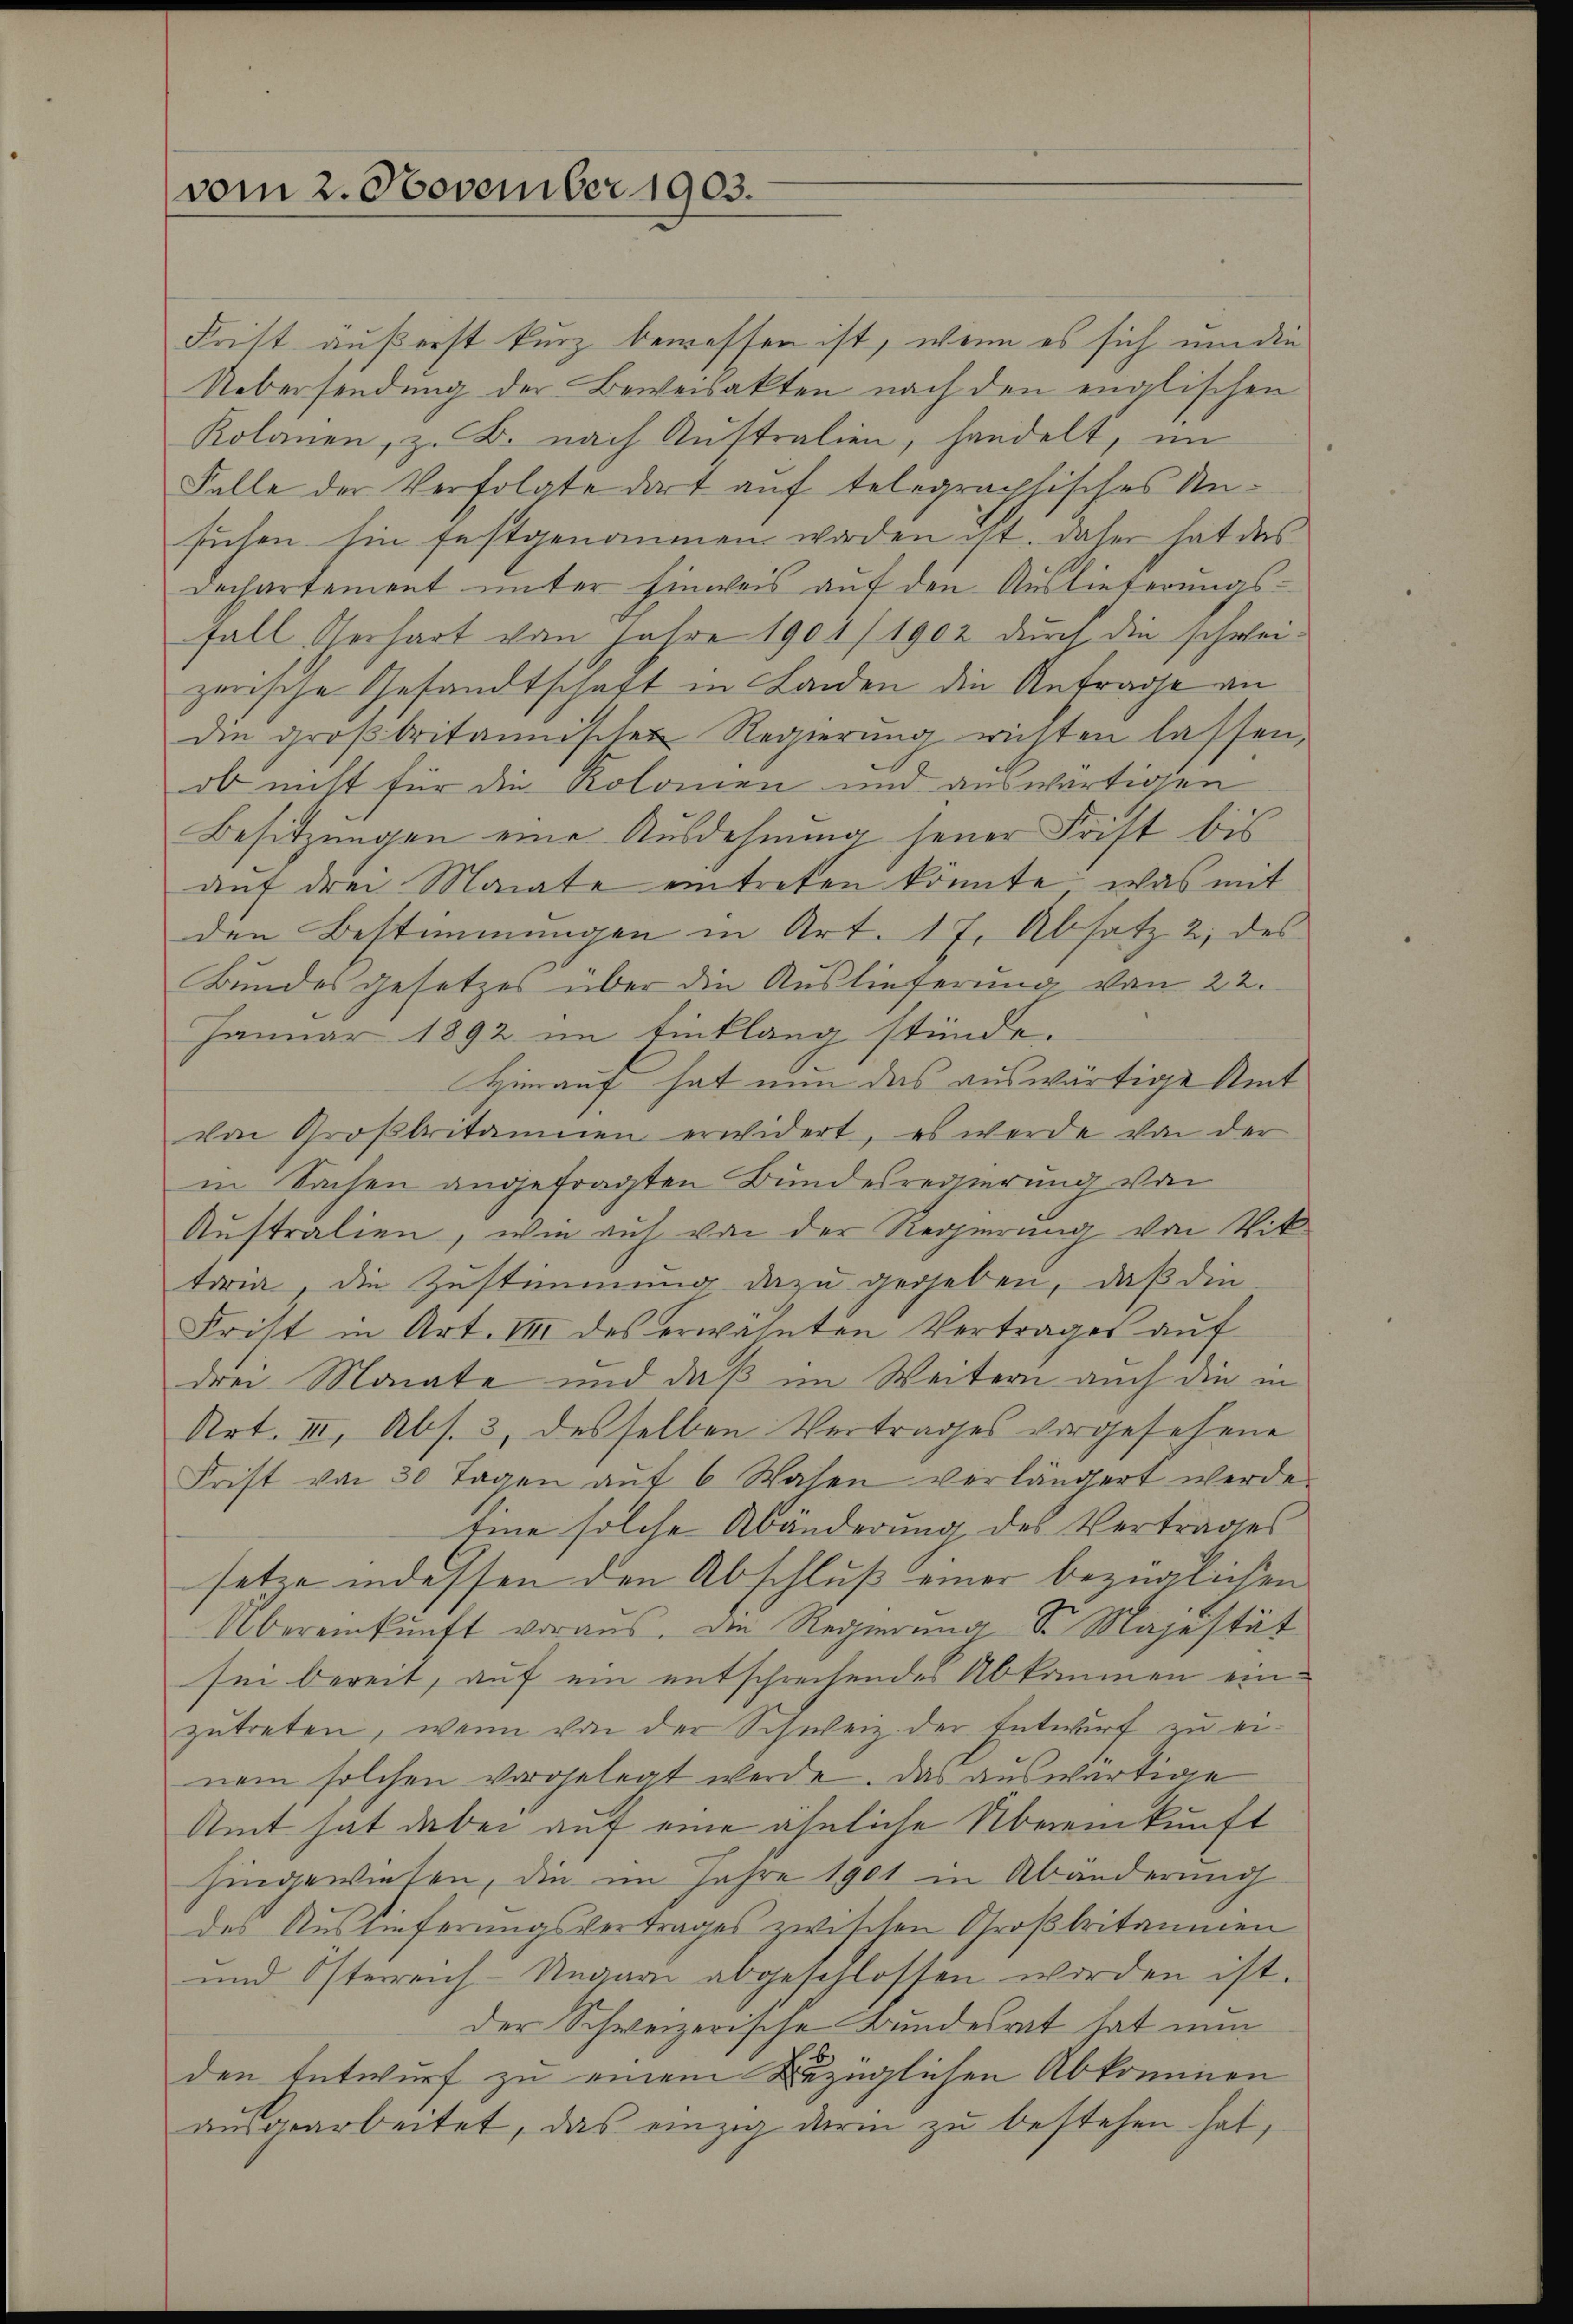
vom 2. November 1903.

Frist äußerst kurz bemessen ist, wenn es sich um die
Uebersendung der Beweisakten nach den englischen
Kolanen, z. B. nach Australien, handelt, im
Falle der Verfolgte dort auf telegraphisches Unsuchen hin festgenommen worden ist. Daher hat das
Dechartement unter hinweis auf den Auslieferungs-
fall erhart von Jahre 1904/1902 durch die schwei-
zerische Gesandtschaft in Landen die Anfrage an
die großbritannischen Regierung richten lassen.
ob nicht für die Kolomen und auswärtigen
Besitzungen eine Ausdehnung jener Frist bis
auf drei Monate eintreten könnte, was mit
den Bestimmungen in Art. 17. Absatz 2 des
Bundesgesetzes über die Auslieferung von 22.
Januar 1892 im Einklang stünde.
Hinauf hat nun das auswärtige Amt
von Großbritainen erwidert, es werde von der
in Sachen angefragten Bundesregierung von
Australien, wie auf von der Regierung von Vik
toria, die Zustimmung dazu gegeben, daß die
Frist in Art. III des erwähnten Vertrages aŭf
drei Monate und daß im Weitern auch die in
Art. III, Abs. 3 desselben Vertrages vorgesehene
Frist von 30 Tagen aŭf 6 Wasen verlängert werde.
Eine solche Abänderung des Vertrages
setze indessen den Abschluß einer bezüglichen
Übereinkunft voraus. Die Regierung Sr. Majestät
sei bereit, auf ein entschrechendes Abkommen einzutreten, wenn von der Schweiz der Entwurf zu ernem solchen vorgelegt werde. Das auswärtige
Amt hat dabei auf eine ähnliche Übereinkunft
hingewiesen, die im Jahre 1901 in Abänderung
des Auslieferungsvertrages zwischen Großbritanien
und Österreich-Ungarn abgeschlossen worden ist.
der Schweizerische Bundesrat hat nun
den Entwurf zu einem Bezüglichen Abkommen
aŭsgearbeitet, das einzig darin zu bestehen hat,